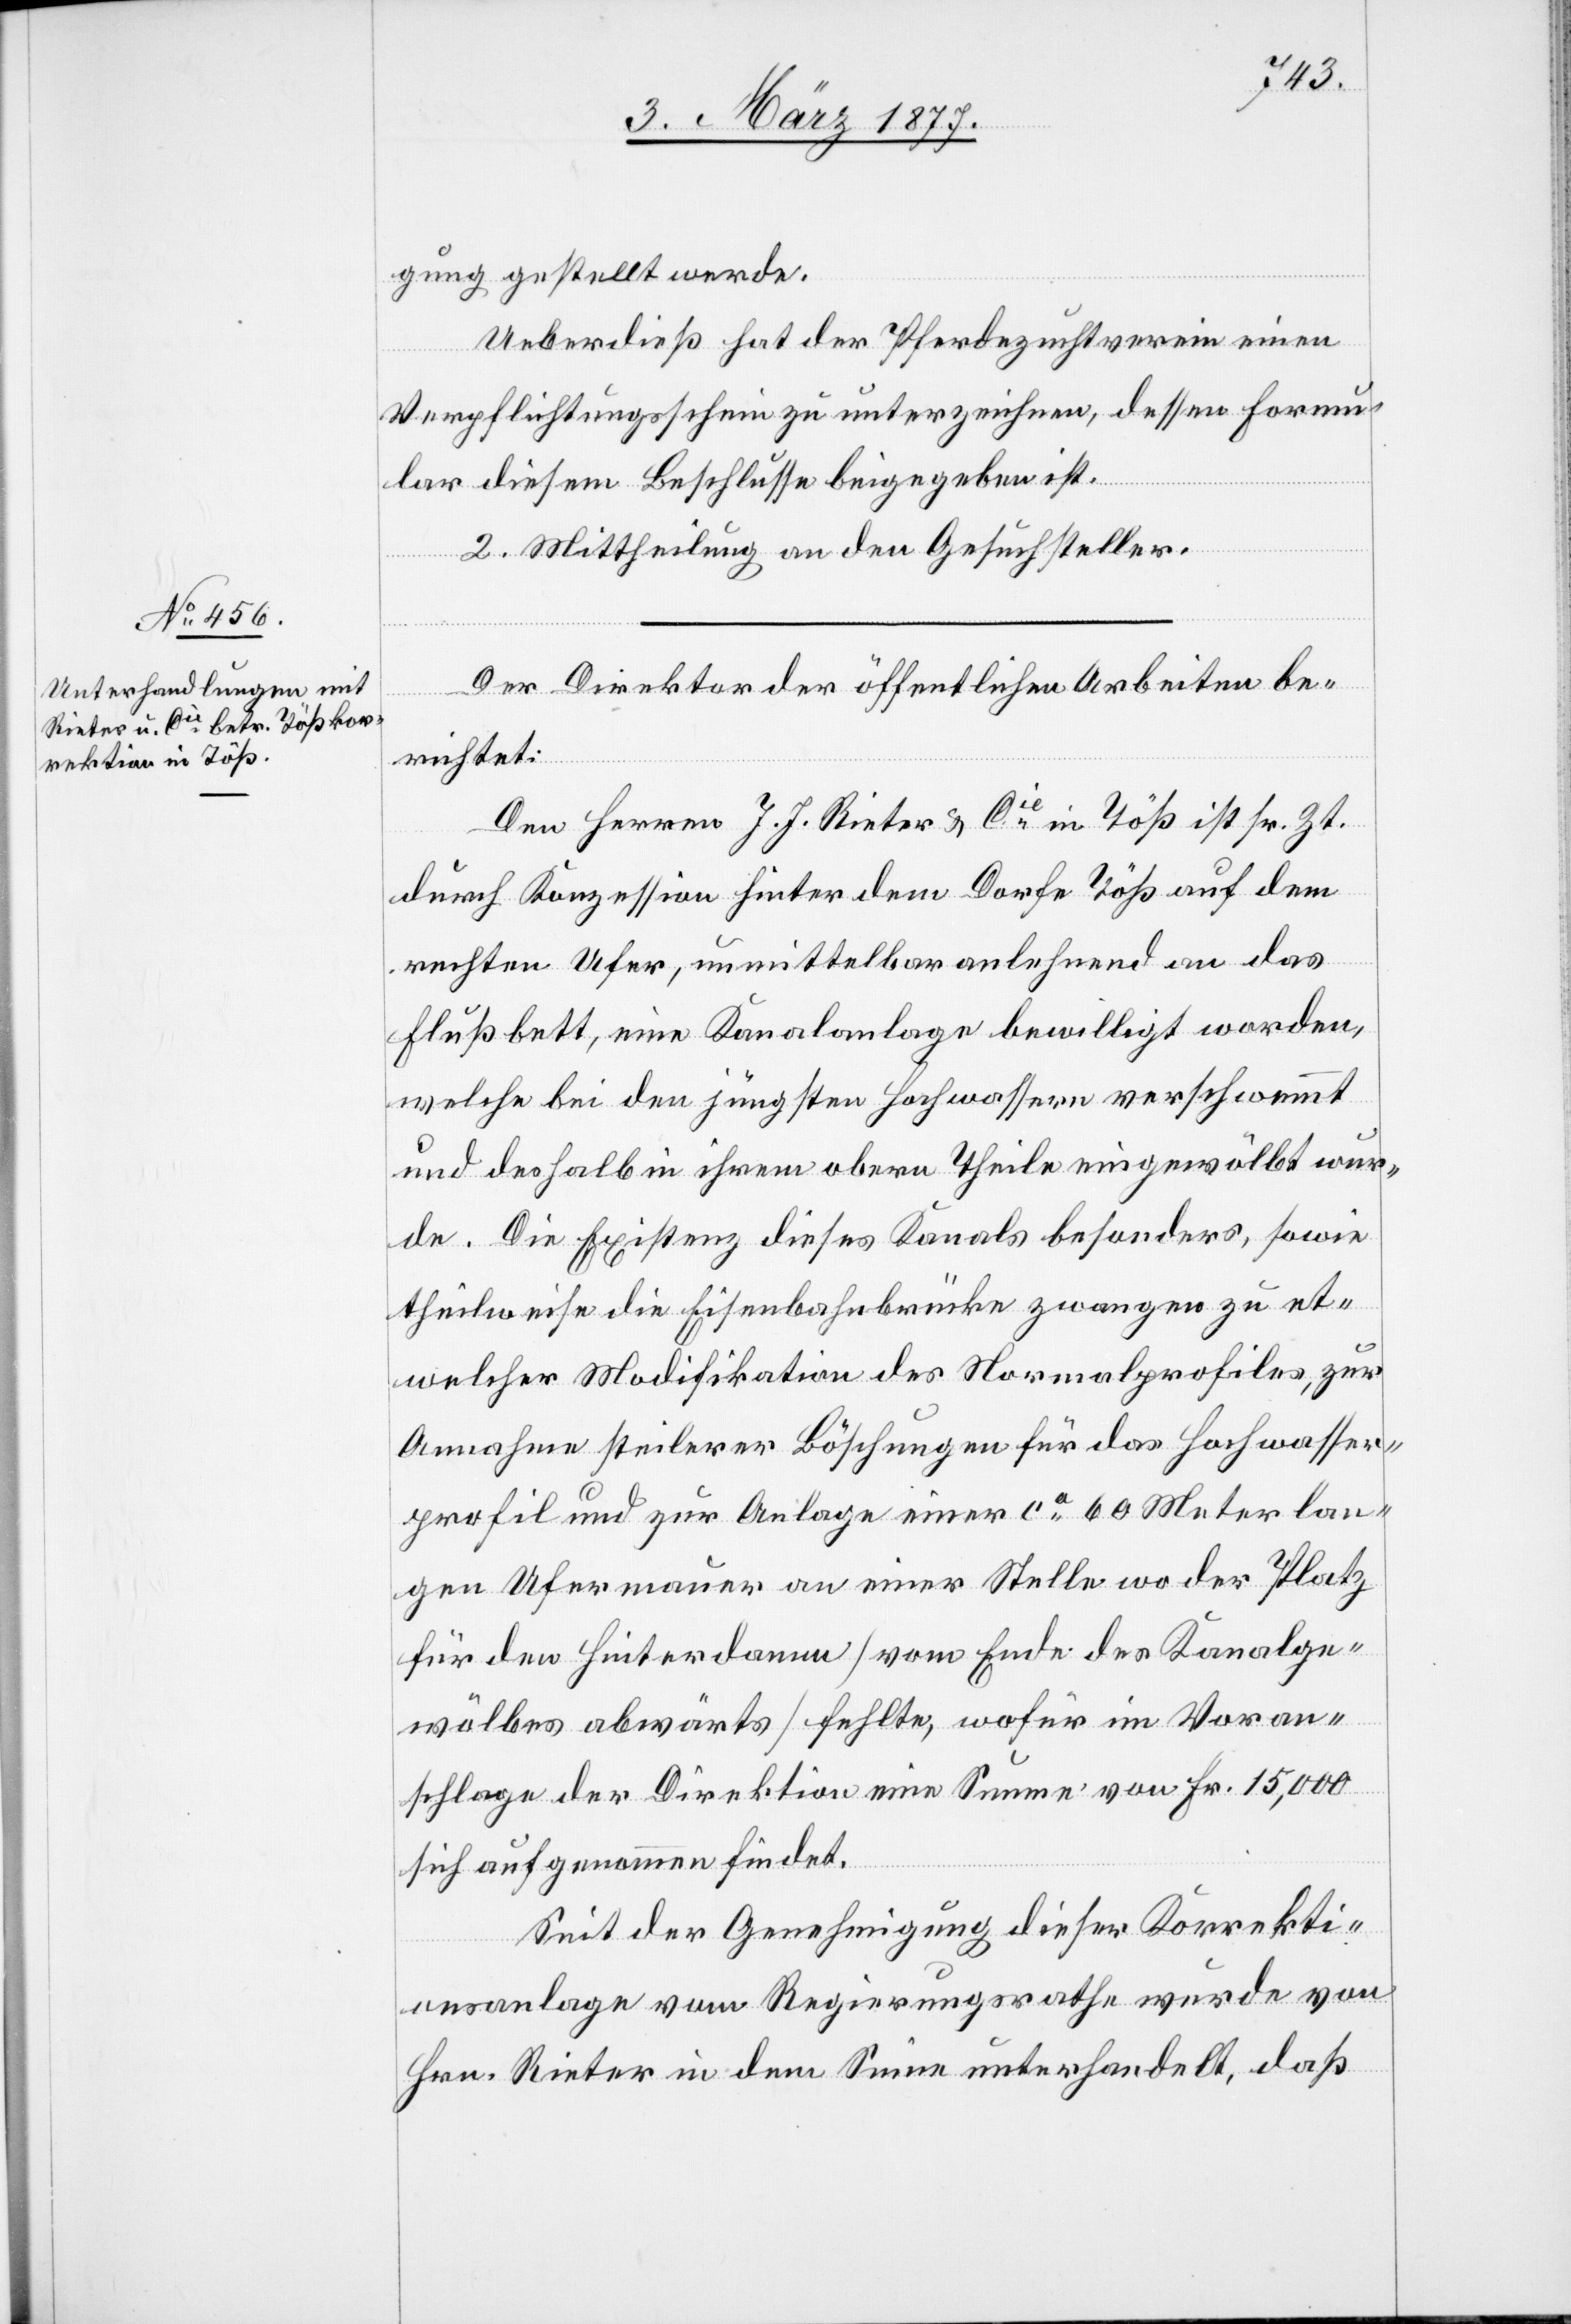
gung gestellt werde.
Ueberdieß hat der Pferdezuchtverein einen
Verpflichtungsschein zu unterzeichnen, dessen Formu¬
lar diesem Beschlusse beizugeben ist.
2. Mittheilung an den Gesuchsteller.
Der Direktor der öffentlichen Arbeiten be¬
richtet:
Den Herren J. J. Rieter & Cie in Töß ist sr. Zt.
durch Konzession hinter dem Dorfe Töß auf dem
rechten Ufer, unmittelbar anlehnend an das
Flußbett, eine Kanalanlage bewilligt worden,
welche bei den jüngsten Hochwassern verschwemmt
und deshalb in ihrem obern Theile eingewölbt wur¬
de. Die Existenz dieses Kanals besonders, sowie
theilweise die Eisenbahnbrücke zwangen zu et¬
welcher Modifikation des Normalprofils, zur
Annahme steilerer Böschungen für das Hochwasser¬
profil und zur Anlage einer ca 60 Meter lan¬
gen Ufermauer an einer Stelle wo der Platz
für den Hinterdamm [vom Ende des Kanalge¬
wölbes abwärts] fehlte, wofür im Voran¬
schlage der Direktion eine Summe von Fr. 15,000
sich angenommen findet.
Seit der Genehmigung dieser Korrekti¬
onsanlage vom Regierungsrathe wurde von
Hrn. Rieter in dem Sinne unterhandelt, daß